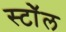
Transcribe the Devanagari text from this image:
स्टॉेल